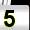
Digit: 5